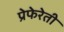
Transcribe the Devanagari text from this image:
प्रेफेरेती